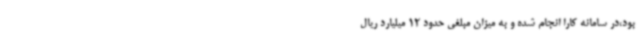
بود،در سامانه کارا انجام شده و به میزان مبلغی حدود 12 میلیارد ریال